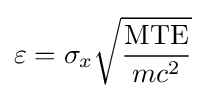
\varepsilon =\sigma _{x}{\sqrt {\frac {\text{MTE}}{mc^{2}}}}